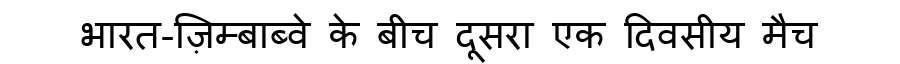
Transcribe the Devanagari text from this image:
भारत-ज़िम्बाब्वे के बीच दूसरा एक दिवसीय मैच